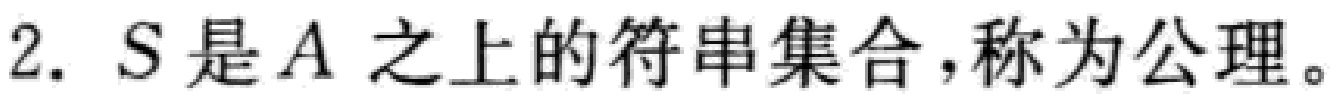
2. \(S\)是\(A\)之上的符串集合，称为公理。